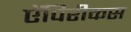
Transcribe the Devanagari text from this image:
ऐंपिरीकस